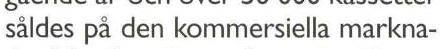
såldes på den kommersiella markna-